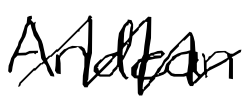
Text: Andean
Cross-out: mix
Writing tool: digital_black